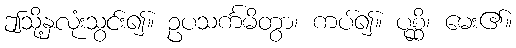
ဤသို့နှလုံးသွင်း၍။ ဥပသင်္ကမိတွာ၊ ကပ်၍။ ပုစ္ဆိ၊ မေး၏။